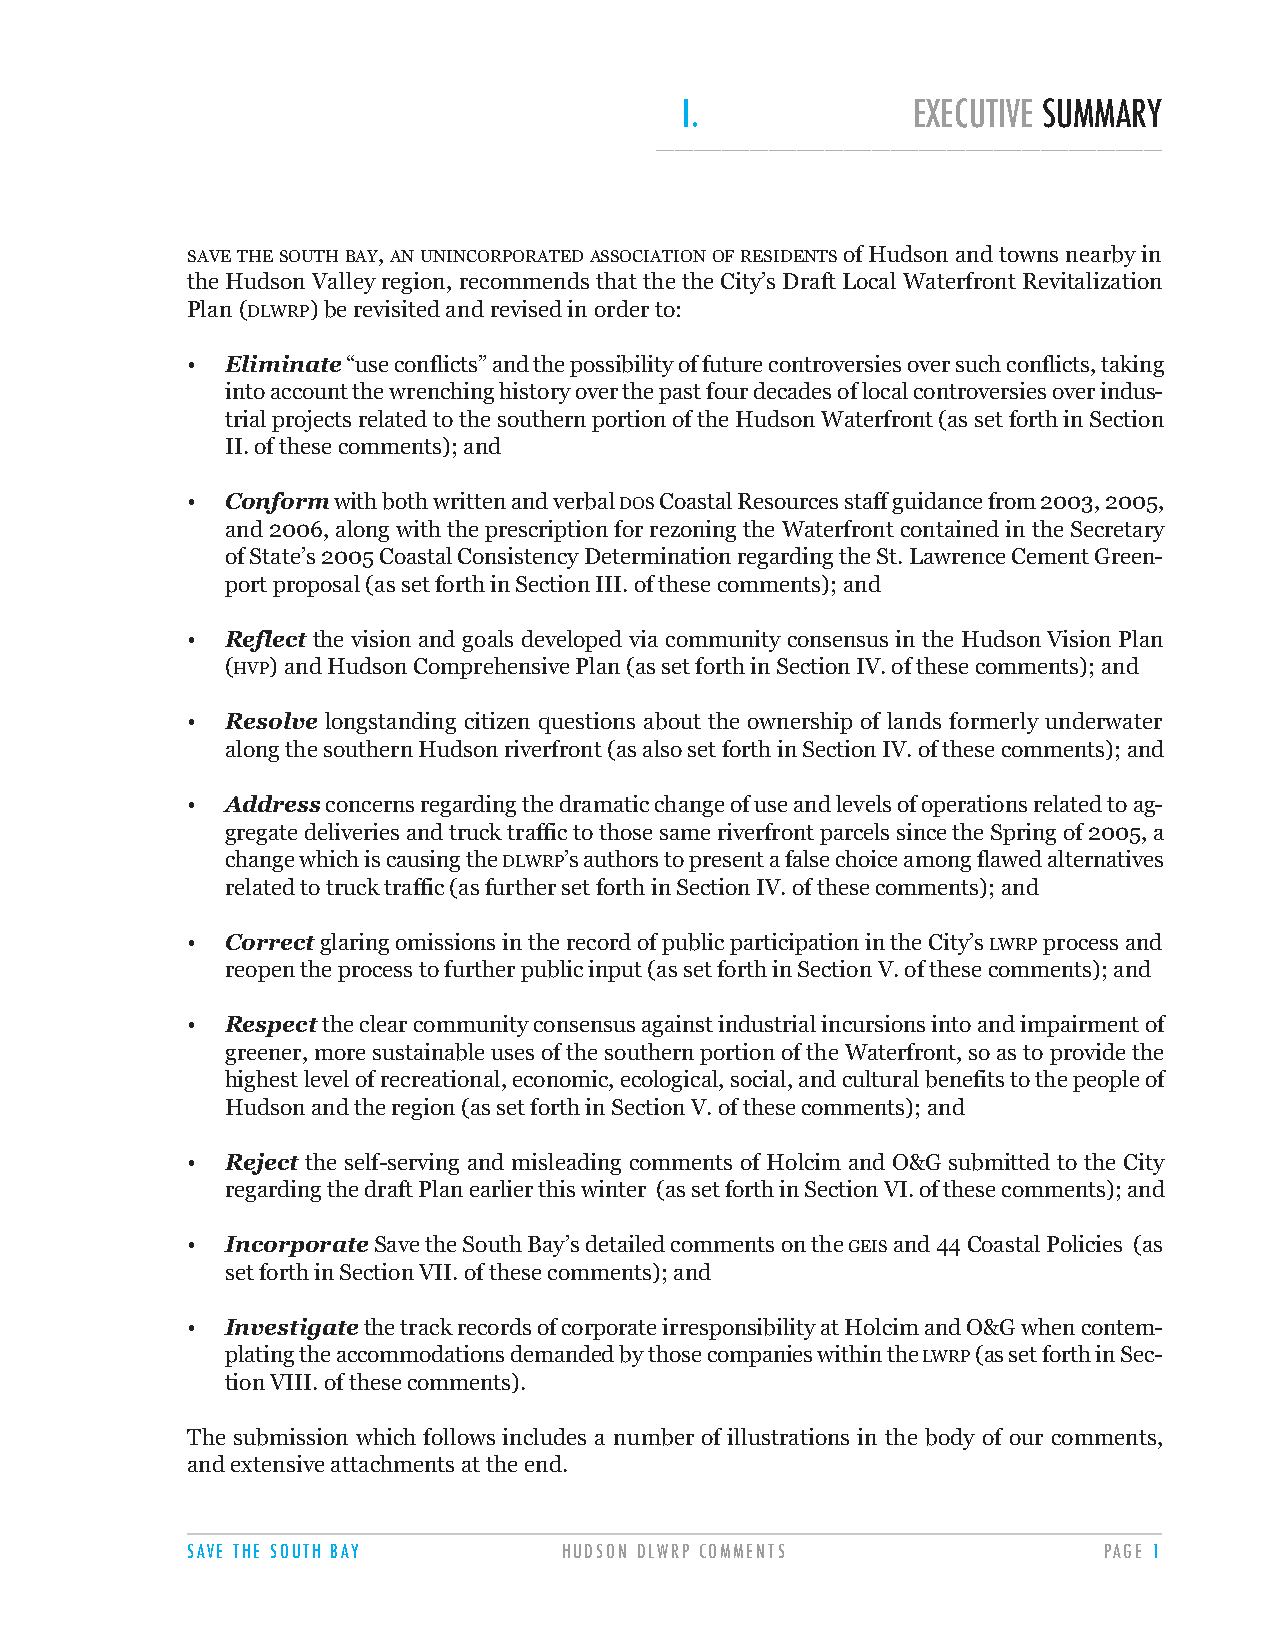
I.             EXECUTIVE SUMMARY
 ______________________________________________________
 SAVETHESOUTHBAY, ANUNINCORPORATEDASSOCIATIONOFRESIDENTSof Hudson and towns nearby in
 the Hudson Valley region, recommends that the the City’s Draft Local Waterfront Revitalization
 Plan (DLWRP) be revisited and revised in order to:
 •  Eliminate“use conflicts” and the possibility of future controversies over such conflicts, taking
 into account the wrenching history over the past four decades of local controversies over indus-
 trial projects related to the southern portion of the Hudson Waterfront (as set forth in Section
 II. of these comments); and
 •  Conformwith both written and verbal DOSCoastal Resources staff guidance from 2003, 2005,
 and 2006, along with the prescription for rezoning the Waterfront contained in the Secretary
 of State’s 2005 Coastal Consistency Determination regarding the St. Lawrence Cement Green-
 port proposal (as set forth in Section III. of these comments); and
 •  Reflect the vision and goals developed via community consensus in the Hudson Vision Plan
 (HVP) and Hudson Comprehensive Plan (as set forth in Section IV. of these comments); and
 •  Resolve longstanding citizen questions about the ownership of lands formerly underwater
 along the southern Hudson riverfront (as also set forth in Section IV. of these comments); and
 •  Addressconcerns regarding the dramatic change of use and levels of operations related to ag-
 gregate deliveries and truck traffic to those same riverfront parcels since the Spring of 2005, a
 change which is causing the DLWRP’s authors to present a false choice among flawed alternatives
 related to truck traffic (as further set forth in Section IV. of these comments); and
 •  Correctglaring omissions in the record of public participation in the City’s LWRPprocess and
 reopen the process to further public input (as set forth in Section V. of these comments); and
 •  Respectthe clear community consensus against industrial incursions into and impairment of
 greener, more sustainable uses of the southern portion of the Waterfront, so as to provide the
 highest level of recreational, economic, ecological, social, and cultural benefits to the people of
 Hudson and the region (as set forth in Section V. of these comments); and
 •  Reject the self-serving and misleading comments of Holcim and O&G submitted to the City
 regarding the draft Plan earlier this winter (as set forth in Section VI. of these comments); and
 •  IncorporateSave the South Bay’s detailed comments on the GEISand 44 Coastal Policies (as
 set forth in Section VII. of these comments); and
 •  Investigatethe track records of corporate irresponsibility at Holcim and O&G when contem-
 plating the accommodations demanded by those companies within the LWRP(as set forth in Sec-
 tion VIII. of these comments).
 The submission which follows includes a number of illustrations in the body of our comments,
 and extensive attachments at the end.
 SAVE THE SOUTH BAY       HUDSON DLWRP COMMENTS               PAGE 1